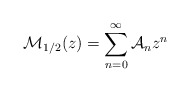
\begin{align*}{\cal M}_{1/2}(z)=\sum_{n=0}^\infty{\cal A}_n z^n\end{align*}